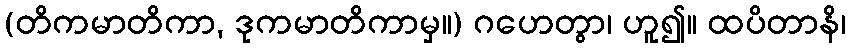
(တိကမာတိကာ, ဒုကမာတိကာမှ။) ဂဟေတွာ၊ ဟူ၍။ ထပိတာနိ၊